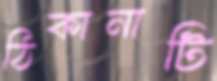
ঠিকানাটি